Annual report of the Punjab Veterinary College and of the Civil Veterinary Department, Punjab - 1920-1925
Year: 1920
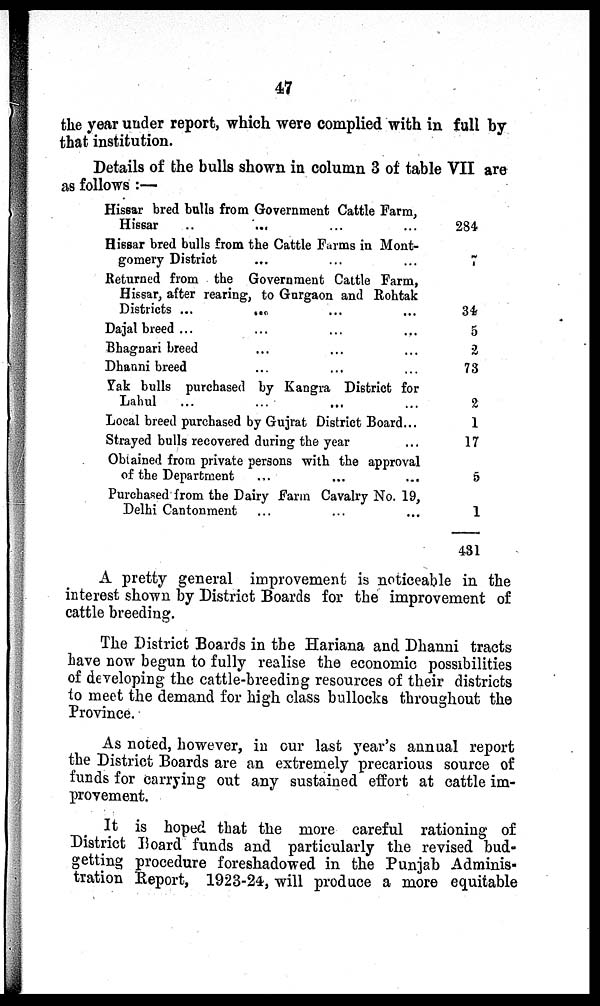
47
the year under report, which were complied with in full by
that institution.
Details of the bulls shown in column 3 of table VII are
as follows :—
Hissar bred bulls from Government Cattle Farm,
Hissar .. ... ... ...
Hissar bred bulls from the Cattle Farms in Mont-
gomery District ... ... ...
Returned from the Government Cattle Farm,
Hissar, after rearing, to Gurgaon and Rohtak
Districts ...
...
...
Dajal breed ... ... ...
Bhagnari breed ... ... ...
Dhanni breed ... ... ...
Yak bulls purchased by Kangra District for
Lahul ... ... ...
Local breed purchased by Gujrat District Board...
Strayed bulls recovered during the year ...
Obtained from private persons with the approval
of the Department ... ... ...
Purchased from the Dairy Farm Cavalry No. 19,
Delhi Cantonment ... ... ...
284
7
34
5
2
73
2
1
17
5
1
431
A pretty general improvement is noticeable in the
interest shown by District Boards for the improvement of
cattle breeding.
The District Boards in the Hariana and Dhanni tracts
have now begun to fully realise the economic possibilities
of developing the cattle-breeding resources of their districts
to meet the demand for high class bullocks throughout the
Province.
As noted, however, in our last year's annual report
the District Boards are an extremely precarious source of
funds for carrying out any sustained effort at cattle im-
provement.
It is hoped that the more careful rationing of
District Board funds and particularly the revised bud-
getting procedure foreshadowed in the Punjab Adminis-
tration Report, 1923-24, will produce a more equitable